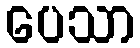
ပေသာ